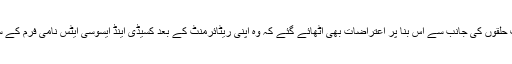
پاکستان میں امریکی سفارتخانے میں ان کی تعیناتی پر مختلف حلقوں کی جانب سے اس بنا پر اعتراضات بھی اٹھائے گئے کہ وہ اپنی ریٹائرمنٹ کے بعد کسیڈی اینڈ ایسوسی ایٹس نامی فرم کے ساتھ منسلک ہوگئی تھیں جو پاکستان کے لیے لابی کرتی ہے۔